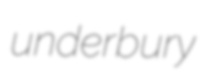
underbury